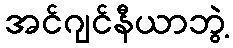
အင်ဂျင်နီယာဘွဲ့